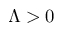
\Lambda > 0